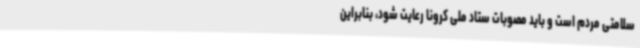
سلامتی مردم است و باید مصوبات ستاد ملی کرونا رعایت شود، بنابراین